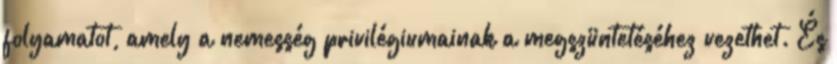
folyamatot, amely a nemesség privilégiumainak a megszüntetéséhez vezethet. És